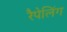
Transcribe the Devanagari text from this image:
रैपेलिंग